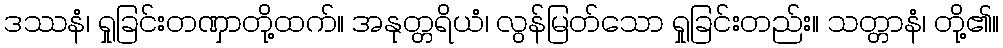
ဒဿနံ၊ ရှုခြင်းတဏှာတို့ထက်။ အနုတ္တရိယံ၊ လွန်မြတ်သော ရှုခြင်းတည်း။ သတ္တာနံ၊ တို့၏။